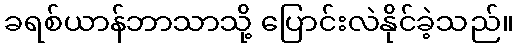
ခရစ်ယာန်ဘာသာသို့ ပြောင်းလဲနိုင်ခဲ့သည်။